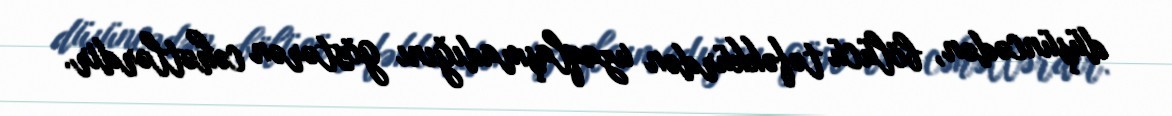
düşüncədən, bölücü təfəkkürdən uzaqlaşmadığını göstərən cəhətlərdir.